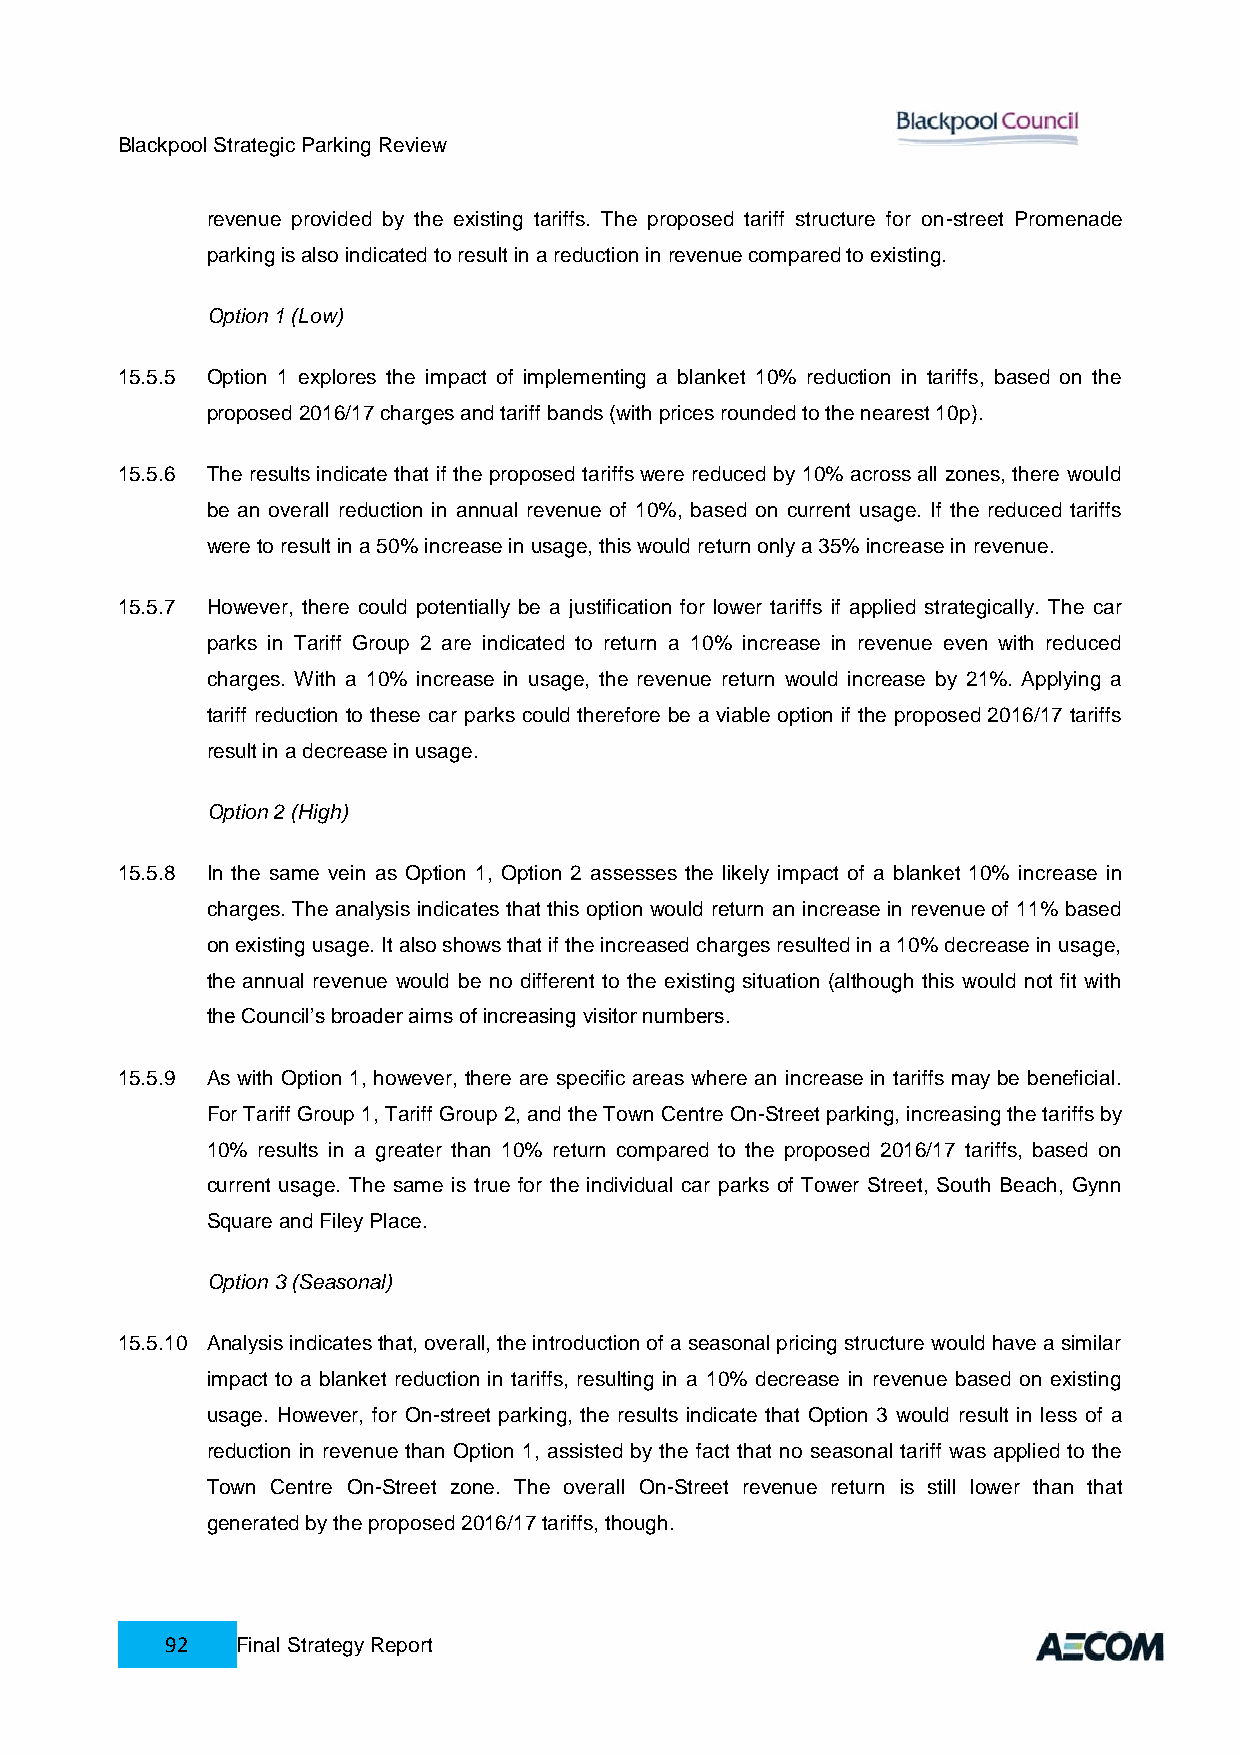
Blackpool Strategic Parking Review
 revenue provided by the existing tariffs. The proposed tariff structure for on-street Promenade
 parking is also indicated to result in a reduction in revenue compared to existing.
 Option 1 (Low)
 15.5.5 Option 1 explores the impact of implementing a blanket 10% reduction in tariffs, based on the
 proposed 2016/17 charges and tariff bands (with prices rounded to the nearest 10p).
 15.5.6 The results indicate that if the proposed tariffs were reduced by 10% across all zones, there would
 be an overall reduction in annual revenue of 10%, based on current usage. If the reduced tariffs
 were to result in a 50% increase in usage, this would return only a 35% increase in revenue.
 15.5.7 However, there could potentially be a justification for lower tariffs if applied strategically. The car
 parks in Tariff Group 2 are indicated to return a 10% increase in revenue even with reduced
 charges. With a 10% increase in usage, the revenue return would increase by 21%. Applying a
 tariff reduction to these car parks could therefore be a viable option if the proposed 2016/17 tariffs
 result in a decrease in usage.
 Option 2 (High)
 15.5.8 In the same vein as Option 1, Option 2 assesses the likely impact of a blanket 10% increase in
 charges. The analysis indicates that this option would return an increase in revenue of 11% based
 on existing usage. It also shows that if the increased charges resulted in a 10% decrease in usage,
 the annual revenue would be no different to the existing situation (although this would not fit with
 the Council’s broader aims of increasing visitor numbers.
 15.5.9 As with Option 1, however, there are specific areas where an increase in tariffs may be beneficial.
 For Tariff Group 1, Tariff Group 2, and the Town Centre On-Street parking, increasing the tariffs by
 10% results in a greater than 10% return compared to the proposed 2016/17 tariffs, based on
 current usage. The same is true for the individual car parks of Tower Street, South Beach, Gynn
 Square and Filey Place.
 Option 3 (Seasonal)
 15.5.10 Analysis indicates that, overall, the introduction of a seasonal pricing structure would have a similar
 impact to a blanket reduction in tariffs, resulting in a 10% decrease in revenue based on existing
 usage. However, for On-street parking, the results indicate that Option 3 would result in less of a
 reduction in revenue than Option 1, assisted by the fact that no seasonal tariff was applied to the
 Town Centre On-Street zone. The overall On-Street revenue return is still lower than that
 generated by the proposed 2016/17 tariffs, though.
 92   Final Strategy Report